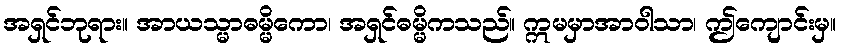
အရှင်ဘုရား။ အာယသ္မာဓမ္မိကော၊ အရှင်ဓမ္မိကသည်။ ဣမမှာအာဝါသာ၊ ဤကျောင်းမှ။